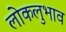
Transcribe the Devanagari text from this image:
लोकलुभाव